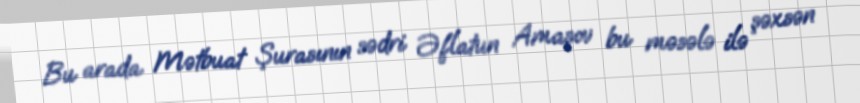
Bu arada Mətbuat Şurasının sədri Əflatun Amaşov bu məsələ ilə şəxsən